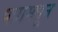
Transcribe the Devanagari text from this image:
पत्रामधून